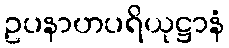
ဥပနာဟပရိယုဋ္ဌာနံ